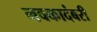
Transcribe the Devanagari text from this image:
नवकादंबरी